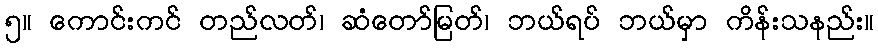
၅။ ကောင်းကင် တည်လတ်၊ ဆံတော်မြတ်၊ ဘယ်ရပ် ဘယ်မှာ ကိန်းသနည်း။